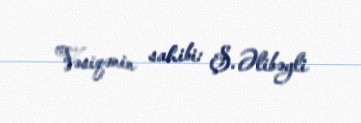
Vəsiqənin sahibi: Ş. Əlibəyli